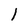
Character: l